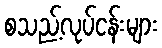
စသည့်လုပ်ငန်းများ